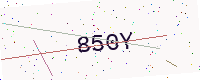
Text: 850Y